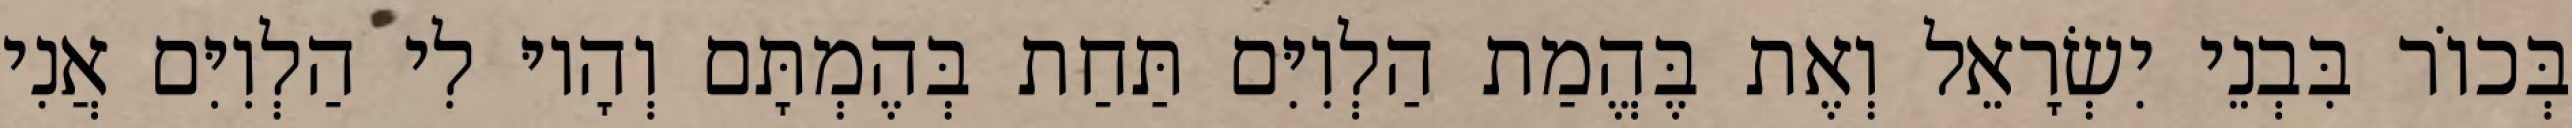
בְּכוֹר בִּבְנֵי יִשְׂרָאֵל וְאֶת בֶּהֱמַת הַלְוִיִּם תַּחַת בְּהֶמְתָּם וְהָיוּ לִי הַלְוִיִּם אֲנִי